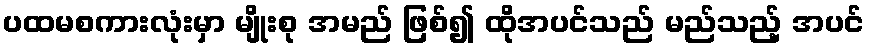
ပထမစကားလုံးမှာ မျိုးစု အမည် ဖြစ်၍ ထိုအပင်သည် မည်သည့် အပင်